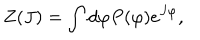
Z ( J ) = \int d \varphi P ( \varphi ) e ^ { J \varphi } ,